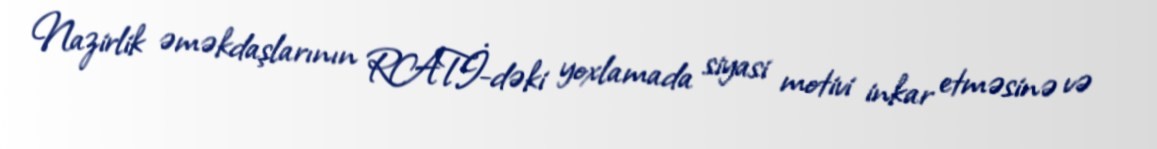
Nazirlik əməkdaşlarının RATİ-dəki yoxlamada siyasi motivi inkar etməsinə və